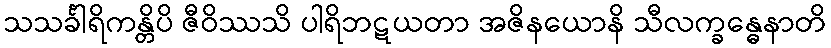
သသင်္ခါရိကန္တိပိ ဇီဝိဿသိ ပါရိဘဋယတာ အဇိနယောနိ သီလက္ခန္ဓေနာတိ